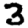
Digit: 3